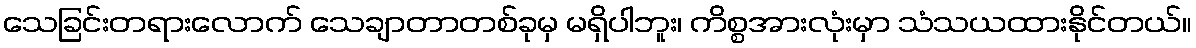
သေခြင်းတရားလောက် သေချာတာတစ်ခုမှ မရှိပါဘူး၊ ကိစ္စအားလုံးမှာ သံသယထားနိုင်တယ်။